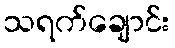
သရက်ချောင်း